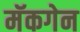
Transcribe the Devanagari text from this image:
मॅकगेन